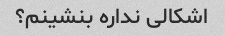
اشکالی نداره بنشینم؟